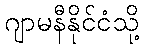
ဂျာမနီနိုင်ငံသို့